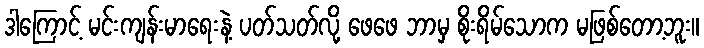
ဒါကြောင့် မင်းကျန်းမာရေးနဲ့ ပတ်သတ်လို့ ဖေဖေ ဘာမှ စိုးရိမ်သောက မဖြစ်တော့ဘူး။